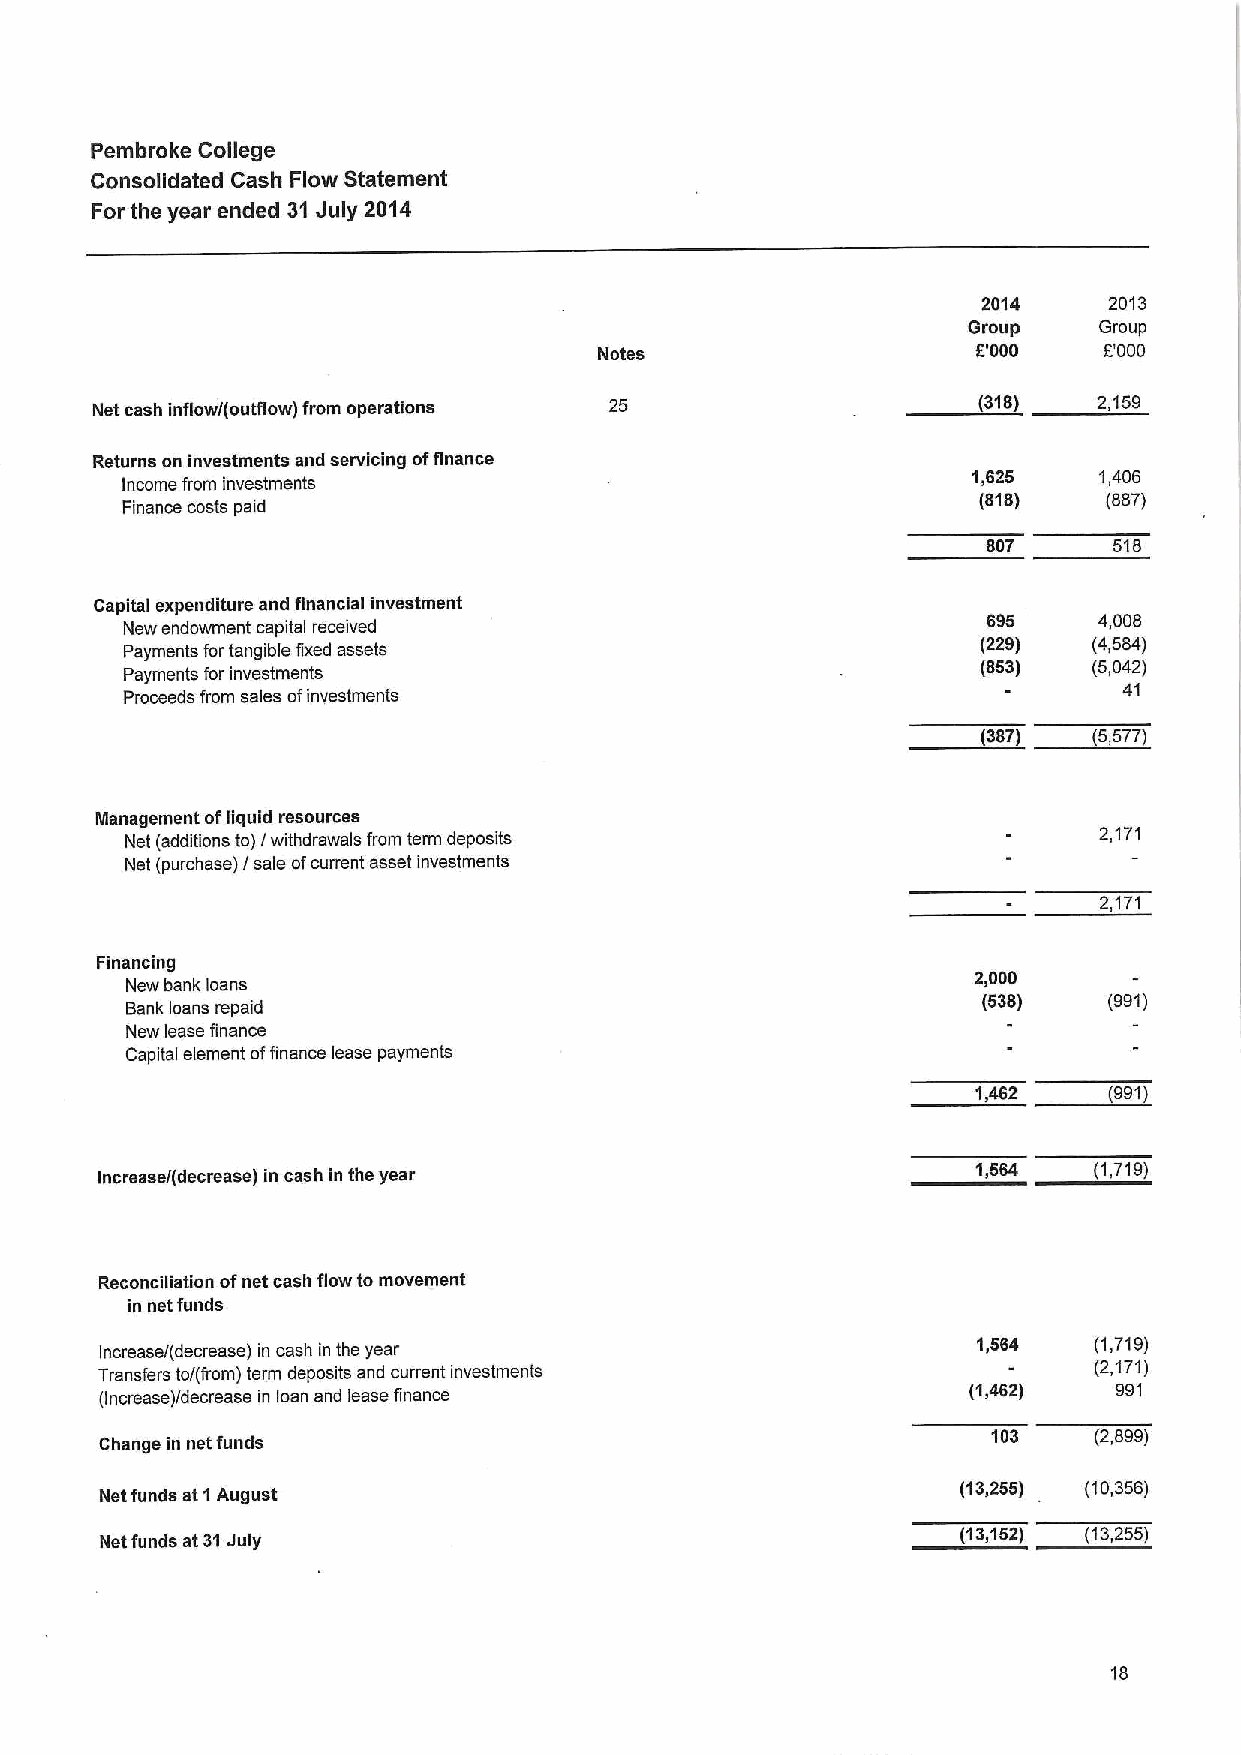
Pembroke College
 Consolidated Cash Flow Statement
 For the year ended 31July 2014
 2014    2013
 Group    Group
 Notes                    6'000   6'000
 Net cash inflow/(outflow) from operations 25               (318)   2,159
 Returns on investments and servicing offinance
 Income from investments
 1,626    1,406
 Finance costs paid                                       (818)   (887)
 807      516
 Capital expenditure and financial investment
 New endowment capital received
 695     4,008
 Payments fortangible fixed assets                        (229)  (4,584)
 Payments for investments
 (853)  (5,042)
 Proceeds from sales ofinvestments                                 41
 (387)  (5,577)
 Management ofliquid resources
 Net (additions to)/ withdrawals from term deposits               2,171
 Net (purchase) / sale ofcurrent asset investments
 2,171
 Financing
 New bank loans
 2,000
 (538)   (991)
 Bank loans repaid
 New lease finance
 Capital element offinance lease payments
 1,462   (991)
 Increase/(decrease) in cash in the year                   1,564  (1,719)
 Reconciliation ofnet cash flow to movement
 in net funds
 Increase/(decrease) in cash in the year
 1,564  (1,719)
 Transfers to/(from) term deposits and current investments
 (2,171)
 (Increase)/decrease in loan and lease finance            (1,462)   991
 Change in net funds
 103   (2,699)
 Net funds at 1August                                     (13,255) (10,356)
 Net funds at31Juiy                                       (13,152) (13,255)
 18